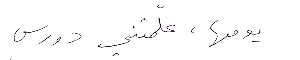
يومها، علّمتني دورس